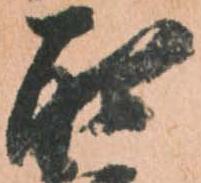
取